Vaccination North-Western Provinces 1866-1877 - 1866-1877
Year: 1866
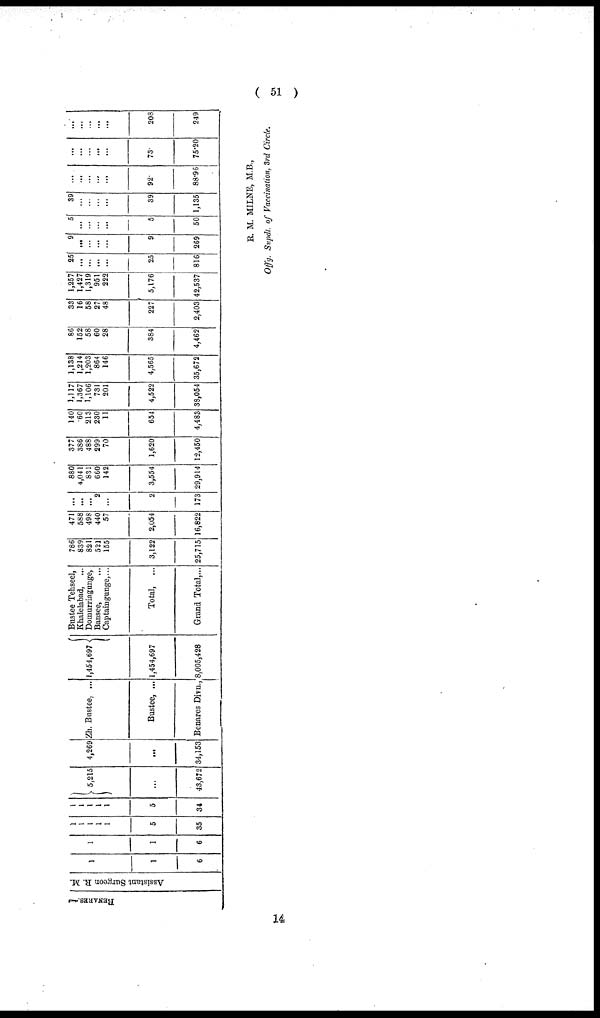
( 51 )
BENARES.—
Assistant Surgeon E. M.
1
1
6
1
1
6
1
1
1
1
1
5
35
1
1
1
1
1
5
34
5,215
...
43,672
4,269
...
34,153
Zh. Bustee, ...
Bustee, ...
Benares Divn.,
1,454,697
1,454,697
8,005,428
Bustee Tehseel,
Khalelabad, ...
Domurriagunge,
Bansee, ...
Captaingunge,...
Total, ...
Grand Total,...
786
839
821
521
155
3,122
25,715
471
588
498
440
57
2,054
16,822
...
...
...
2
...
2
173
880
4,041
831
660
142
3,554
29,914
377
386
488
299
70
1,620
12,450
140
60
213
230
11
654
4,483
1,117
1,367
1,106
731
201
4,522
38,054
1,138
1,214
1,203
864
146
4,565
35,672
86
152
58
60
28
384
4,462
33
16
58
27
48
227
2,403
1,257
1,427
1,319
951
222
5,176
42,537
25
...
...
...
...
25
816
9
...
...
...
...
9
269
5
...
...
...
...
5
50
39
...
...
...
...
39
1,135
...
...
...
...
...
92.
88.96
...
...
...
...
...
73.
75.20
...
...
...
...
...
208
249
R. M. MILNE, M.B.,
Offg. Supdt. of Vaccination, 3rd Circle.
14